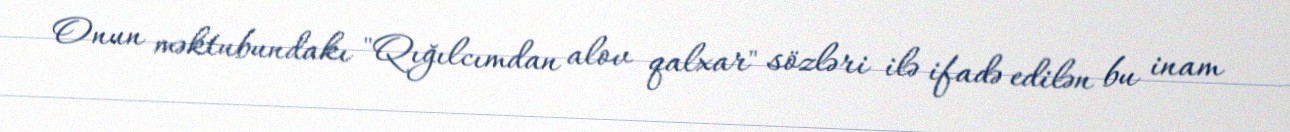
Onun məktubundakı "Qığılcımdan alov qalxar" sözləri ilə ifadə edilən bu inam